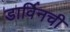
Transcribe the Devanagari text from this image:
डार्विनची